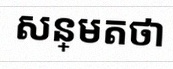
សន្មតថា